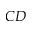
C D